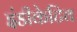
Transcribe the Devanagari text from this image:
इंडीकेटिव